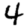
Digit: 4